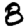
Digit: 8